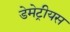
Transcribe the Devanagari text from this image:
डेमेट्रीयस